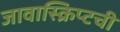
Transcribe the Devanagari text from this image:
जावास्क्रिप्टची